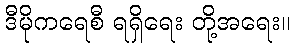
ဒီမိုကရေစီ ရရှိရေး တို့အရေး။